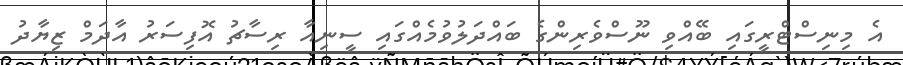
އެ މިނިސްޓްރީގައި ބޭއްވި ނޫސްވެރިންގެ ބައްދަލުވުމެއްގައި ސީނިއާ ރިސާޗު އޮފިސަރު އާދަމް ޒިޔާދު